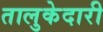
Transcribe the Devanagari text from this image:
तालुकेदारी